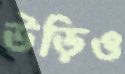
উড়িও